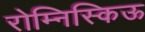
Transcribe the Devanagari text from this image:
रोम्निस्किऊ